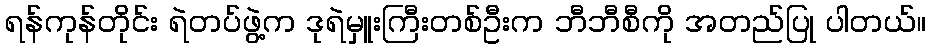
ရန်ကုန်တိုင်း ရဲတပ်ဖွဲ့က ဒုရဲမှူးကြီးတစ်ဦးက ဘီဘီစီကို အတည်ပြု ပါတယ်။